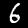
Digit: 6